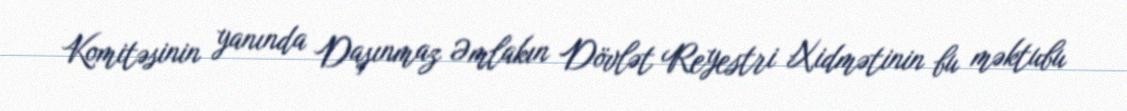
Komitəsinin yanında Daşınmaz Əmlakın Dövlət Reyestri Xidmətinin bu məktubu